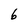
Character: 6